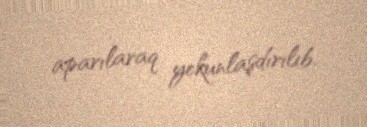
aparılaraq yekunlaşdırılıb.